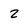
Character: 2